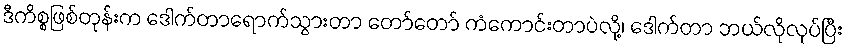
ဒီကိစ္စဖြစ်တုန်းက ဒေါက်တာရောက်သွားတာ တော်တော် ကံကောင်းတာပဲလို့၊ ဒေါက်တာ ဘယ်လိုလုပ်ပြီး